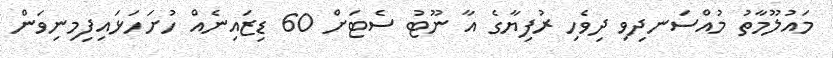
މައުލޫމާތު މުއްސަނދިވި ދިވެހި ރުފިޔާގެ އާ ނޫޓު ސެޓަށް 60 ޑިޒައިނެއް ހުށަހަޅައިފިމިނިވަން